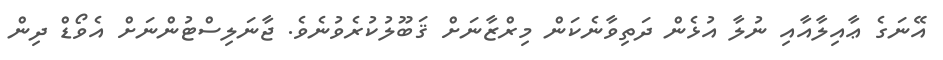
އޭނަގެ ޢާއިލާއާއި ނުލާ އުޅެން ދަތިވާނެކަން މިރްޒާނަށް ޤަބޫލުކުރެވުނެވެ. ޖާނަލިސްޓުންނަށް އެވޯޑް ދިން